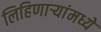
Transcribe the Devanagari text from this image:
लिहिणार्‍यांमध्ये